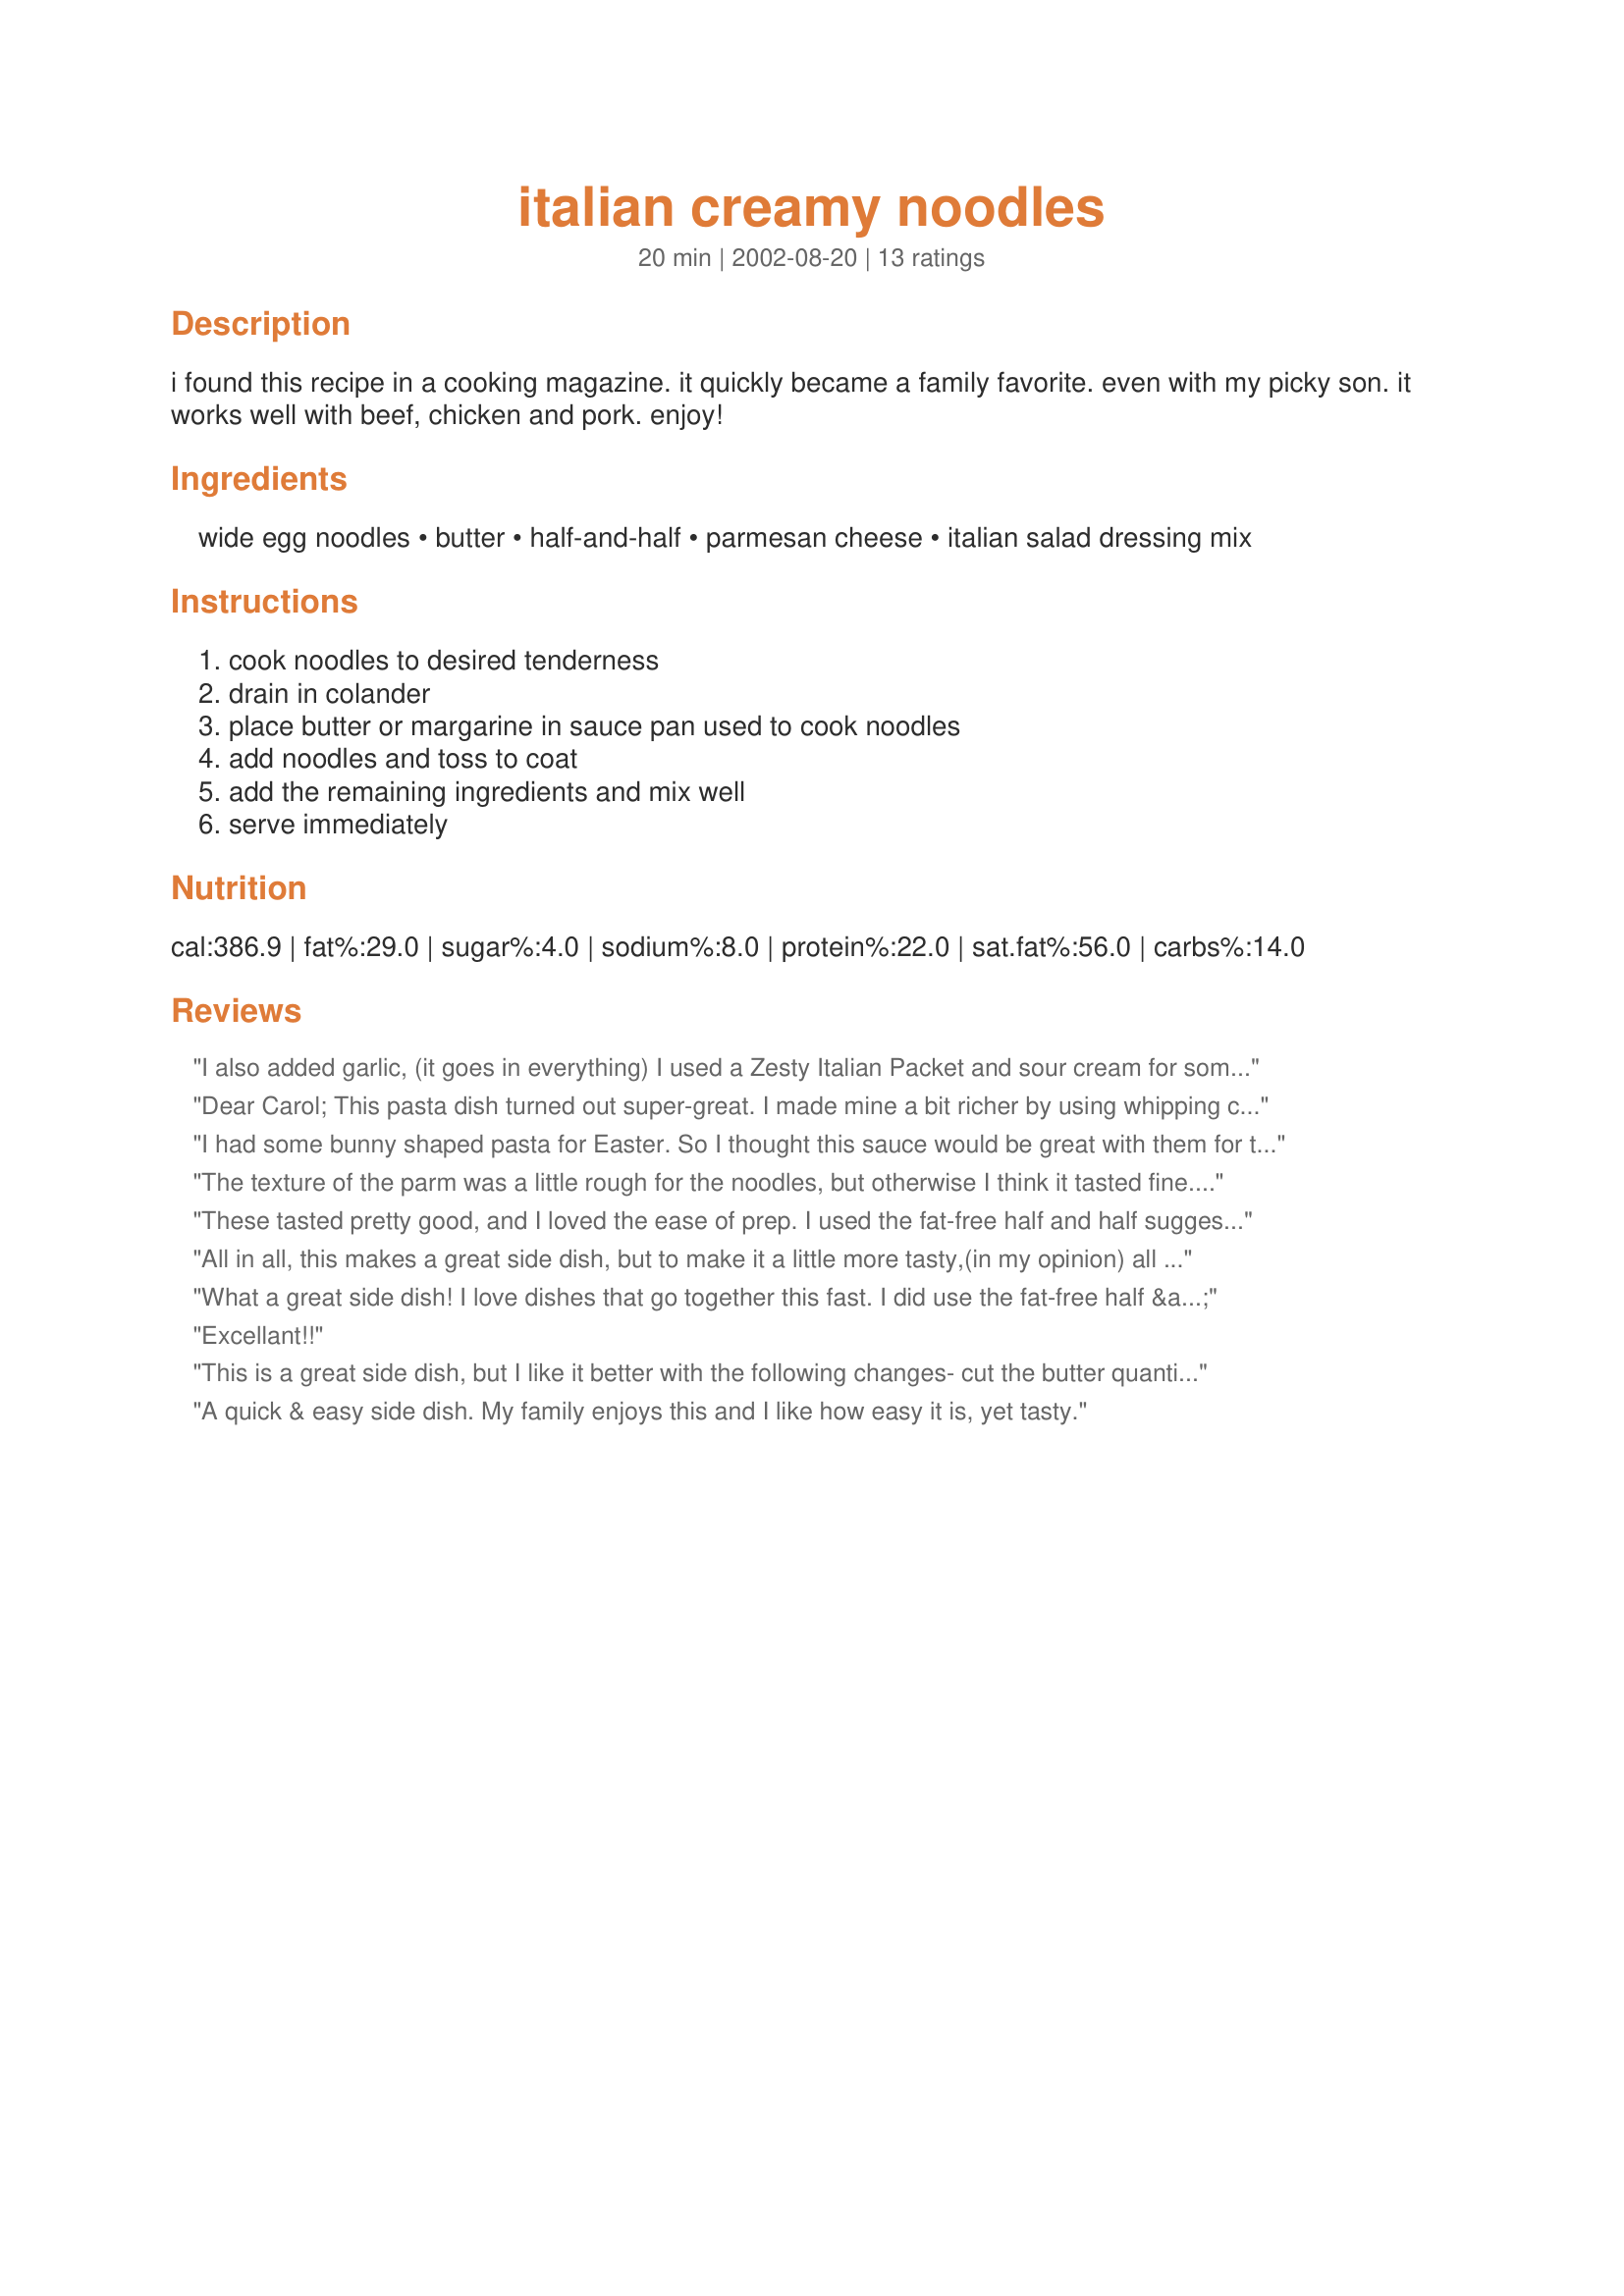
italian creamy noodles
Preparation time: 20 minutes

i found this recipe in a cooking magazine. it quickly became a family favorite. even with my picky son. it works well with beef, chicken and pork. enjoy!

Ingredients:
wide egg noodles, butter, half-and-half, parmesan cheese, italian salad dressing mix

Steps:
cook noodles to desired tenderness, drain in colander, place butter or margarine in sauce pan used to cook noodles, add noodles and toss to coat, add the remaining ingredients and mix well, serve immediately

Reviews:
I also added garlic, (it goes in everything) I used a Zesty Italian Packet and sour cream for some tang and of course crushed red chilies..I prepped the water for the noodles, once it started to boil, I did the sauce in a huge bowl, drained the pasta and tossed in the bowl. A quick kind of alfredo dinner! Will make again. Thanks for the recipe.
Dear Carol;
This pasta dish turned out super-great. I made mine a bit richer by using whipping cream. The Italian salad dressing mix added a great flavor to the pasta.
Next time I will add some galic and some hot red pepper flakes.
This recipe will be a must to make many times over again.
Thank you for sharing.
"Uncle Bill"
I had some bunny shaped pasta for Easter. So I thought this sauce would be great with them for the little ones at Easter...They loved it...Very good, creamy sauce. Will make again I am sure.
The texture of the parm was a little rough for the noodles, but otherwise I think it tasted fine. Of course, I did accidently use a package of Ranch dressing mix instead of Italian, but I'm sure the Italian would have tasted good too.
These tasted pretty good, and I loved the ease of prep. I used the fat-free half and half suggestion, and my sauce looked like it curdled a little (didn't seem to affect the taste, but it didn't look as nice as those in the photo). We will probably have these again, thanks for the recipe.
All in all, this makes a great side dish, but to make it a little more tasty,(in my opinion) all it needs is a little garlic to kick it up a notch. I recommend sauteeing minced garlic in the butter, then add noodles and rest of ingredients. The result is like an Alfredo sauce, only much easier. I would surely make it again.
What a great side dish! I love dishes that go together this fast. I did use the fat-free half & half, Smart Balance instead of the margarine, and added 1/4 teaspoon of garlic powder.
Excellant!!
This is a great side dish, but I like it better with the following changes- cut the butter quantity in half, and use at least a full tablespoon of salad dressing mix. I have also frozen this and reheated in the microwave. If you want to freeze, undercook the noobles slightly, and plan to add a little more liquid when you reheat.
A quick & easy side dish. My family enjoys this and I like how easy it is, yet tasty.
Really easy and delicious. I used Penzyey's Italian dressing base and took another's suggestion and added crushed red pepper. I also used whole wheat egg noodles to make it just a tad healthier. It is hard to believe that something so easy is so delicious! Thanks!!
My family loved these. I followed the recipe as written other the I used light cream and not half and half because that is all I had. I probably used more parm cheese then noted as I just dumped it in. I also only use 2 teaspoons of italian dressing mix. There wasn't a noodle left. Thanks for a new great side dish.
These are great easy egg noodles. As the previous reviewer mentioned, the sauce is much like an alfredo sauce. I did add some garlic. I was very pleased with the results. I served this with baked fish. The whole family enjoyed this so I'll make it again. Thanx for sharing.
